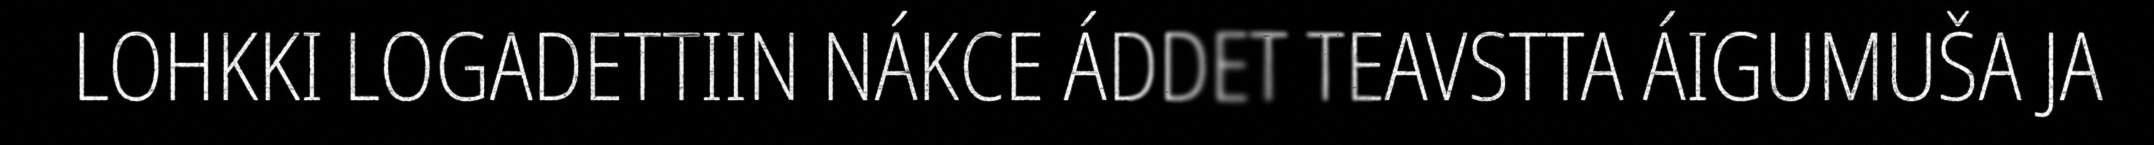
LOHKKI LOGADETTIIN NÁKCE ÁDDET TEAVSTTA ÁIGUMUŠA JA